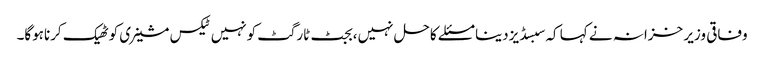
وفاقی وزیر خزانہ نے کہا کہ سبسڈیزدینا مسئلے کاحل نہیں،بجٹ ٹارگٹ کونہیں ٹیکس مشینری کوٹھیک کرناہوگا۔